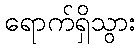
ရောက်ရှိသွား